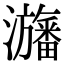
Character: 𤄫